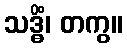
သဒ္ဓိံ၊ တကွ။